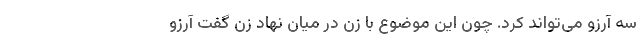
سه آرزو می‌تواند کرد. چون این موضوع با زن در میان نهاد زن گفت آرزو